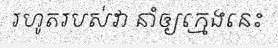
រហូតរបស់វា នាំឲ្យក្មេងនេះ